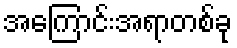
အကြောင်းအရာတစ်ခု